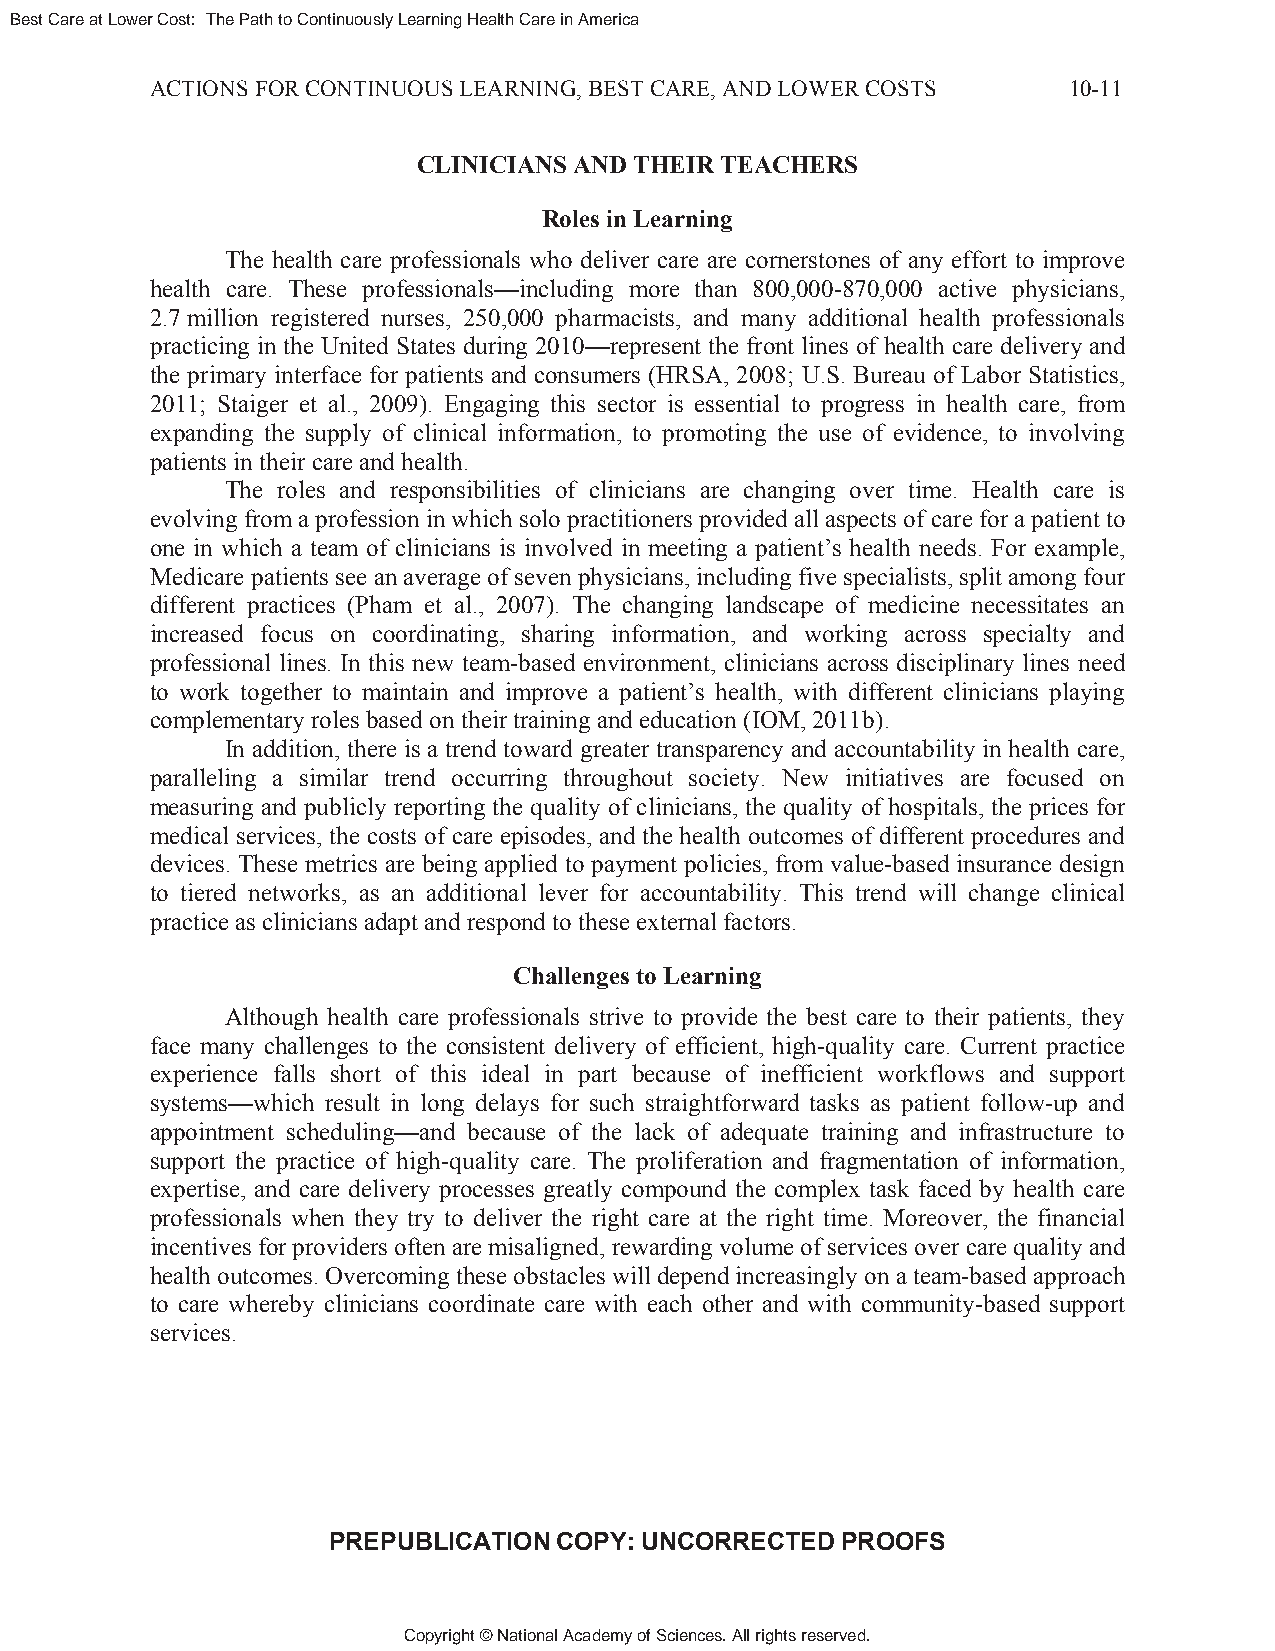
Best Care at Lower Cost: The Path to Continuously Learning Health Care in America
 ACTIONS FOR CONTINUOUS LEARNING, BEST CARE, AND LOWER COSTS  10-11
 CLINICIANS AND THEIR TEACHERS
 Roles in Learning
 The health care professionals who deliver care are cornerstones of any effort to improve
 health care. These professionals—including more than 800,000-870,000 active physicians,
 2.7 million registered nurses, 250,000 pharmacists, and many additional health professionals
 practicing in the United States during 2010—represent the front lines of health care delivery and
 the primary interface for patients and consumers (HRSA, 2008; U.S. Bureau of Labor Statistics,
 2011; Staiger et al., 2009). Engaging this sector is essential to progress in health care, from
 expanding the supply of clinical information, to promoting the use of evidence, to involving
 patients in their care and health.
 The roles and responsibilities of clinicians are changing over time. Health care is
 evolving from a profession in which solo practitioners provided all aspects of care for a patient to
 one in which a team of clinicians is involved in meeting a patient’s health needs. For example,
 Medicare patients see an average of seven physicians, including five specialists, split among four
 different practices (Pham et al., 2007). The changing landscape of medicine necessitates an
 increased focus on coordinating, sharing information, and working across specialty and
 professional lines. In this new team-based environment, clinicians across disciplinary lines need
 to work together to maintain and improve a patient’s health, with different clinicians playing
 complementary roles based on their training and education (IOM, 2011b).
 In addition, there is a trend toward greater transparency and accountability in health care,
 paralleling a similar trend occurring throughout society. New initiatives are focused on
 measuring and publicly reporting the quality of clinicians, the quality of hospitals, the prices for
 medical services, the costs of care episodes, and the health outcomes of different procedures and
 devices. These metrics are being applied to payment policies, from value-based insurance design
 to tiered networks, as an additional lever for accountability. This trend will change clinical
 practice as clinicians adapt and respond to these external factors.
 Challenges to Learning
 Although health care professionals strive to provide the best care to their patients, they
 face many challenges to the consistent delivery of efficient, high-quality care. Current practice
 experience falls short of this ideal in part because of inefficient workflows and support
 systems—which result in long delays for such straightforward tasks as patient follow-up and
 appointment scheduling—and because of the lack of adequate training and infrastructure to
 support the practice of high-quality care. The proliferation and fragmentation of information,
 expertise, and care delivery processes greatly compound the complex task faced by health care
 professionals when they try to deliver the right care at the right time. Moreover, the financial
 incentives for providers often are misaligned, rewarding volume of services over care quality and
 health outcomes. Overcoming these obstacles will depend increasingly on a team-based approach
 to care whereby clinicians coordinate care with each other and with community-based support
 services.
 PREPUBLICATION COPY: UNCORRECTED  PROOFS
 Copyright © National Academy of Sciences. All rights reserved.